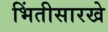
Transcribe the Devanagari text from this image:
भिंतीसारखे